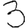
Digit: 3